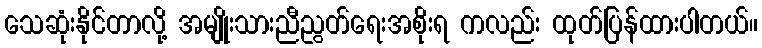
သေဆုံးနိုင်တာလို့ အမျိုးသားညီညွတ်ရေးအစိုးရ ကလည်း ထုတ်ပြန်ထားပါတယ်။